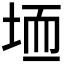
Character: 𫭱